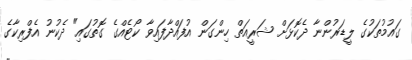
ގައުމުތަކުގެ ލީޑަރުންނާ ދެކޮޅަށް ޝަރީއަތް ހިންގަން އުފައްދާފައިވާ ކޯޓެއްގެ ގޮތުގައި" ދެކުނު އެފްރިކާގެ